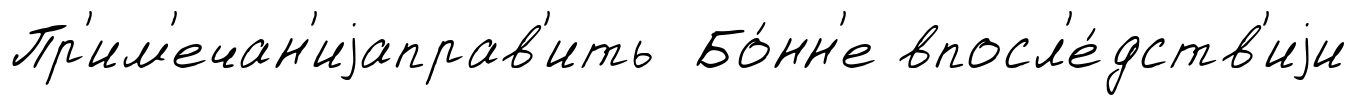
Пр'им'ечан'иjаправ'ить Бо́нн'е впосл'е́дств'иjи